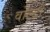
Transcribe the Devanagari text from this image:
वोल्टों